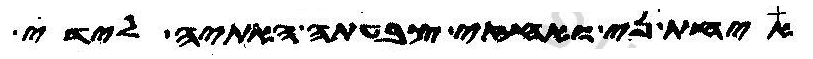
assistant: איחת ני ואחזי צבעתה האתיה לידי